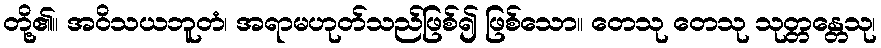
တို့၏။ အဝိသယဘူတံ၊ အရာမဟုတ်သည်ဖြစ်၍ ဖြစ်သော။ တေသု တေသု သုတ္တန္တေသု၊